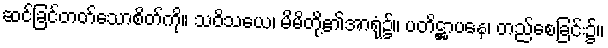
ဆင်ခြင်တတ်သောစိတ်ကို။ သဝိသယေ၊ မိမိတို့၏အာရုံ၌။ ပတိဋ္ဌာပနေ၊ တည်စေခြင်း၌။